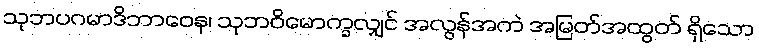
သုဘပဂမာဒိဘာဝေန၊ သုဘဝိမောက္ခလျှင် အလွန်အကဲ အမြတ်အထွတ် ရှိသော